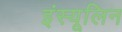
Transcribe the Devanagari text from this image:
इंस्यूलिन